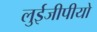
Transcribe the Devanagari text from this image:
लुईजीपीयो